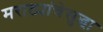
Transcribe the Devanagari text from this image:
मराठ्यांचेसुद्धा